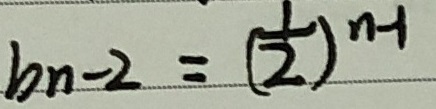
b _ { n - 2 } = ( \frac { 1 } { 2 } ) ^ { n - 1 }